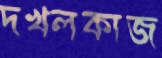
দখলকাজ